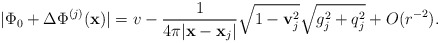
\begin{align*}|\Phi_0 + \Delta\Phi^{(j)}({\bf x})| = v- \frac{1}{4\pi |{\bf x}-{\bf x}_j|} \sqrt{1- {\bf v}_j^2} \sqrt{g_j^2 +q_j^2}+ O(r^{-2}) . \end{align*}